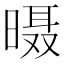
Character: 𱢙